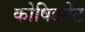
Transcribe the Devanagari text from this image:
कोषिक्कोट